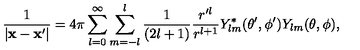
\frac { 1 } { | { \bf x - x ^ { \prime } } | } = 4 \pi \sum _ { l = 0 } ^ { \infty } \sum _ { m = - l } ^ { l } \frac { 1 } { ( 2 l + 1 ) } \frac { r ^ { \prime l } } { r ^ { l + 1 } } Y _ { l m } ^ { * } ( \theta ^ { \prime } , \phi ^ { \prime } ) Y _ { l m } ( \theta , \phi ) ,